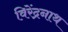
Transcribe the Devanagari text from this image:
विरेंद्रनाथ